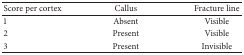
| Score per cortex | Callus | Fracture line |
 | --- | --- | --- |
 | 1 | Absent | Visible |
 | 2 | Present | Visible |
 | 3 | Present | Invisible |